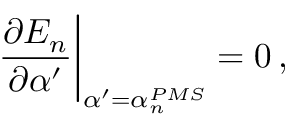
{ \frac { \partial E _ { n } } { \partial \alpha ^ { \prime } } } { \bigg | } _ { \alpha ^ { \prime } = \alpha _ { n } ^ { P M S } } = 0 \, ,